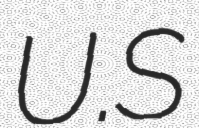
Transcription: U.S